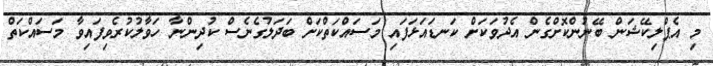
މި އެޕްލިކޭޝަން ބޭނުންކޮށްގެން އެދުވަކަށް ކަނޑައަޅަފައި މަސައްކަތްކަށް ބަދަލުގެނެސް ކުދިންނާ ހަވާލުކުރެވިފައިވާ މަސައްކަތް